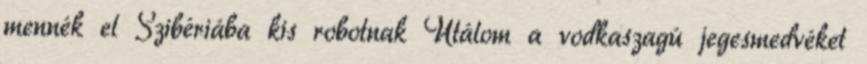
mennék el Szibériába kis robotnak Utálom a vodkaszagú jegesmedvéket